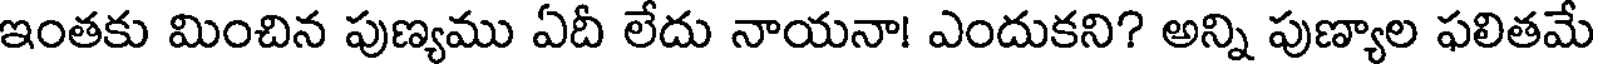
ఇంతకు మించిన పుణ్యము ఏదీ లేదు నాయనా! ఎందుకని? అన్ని పుణ్యాల ఫలితమే